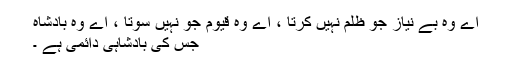
اے وہ بے نیاز جو ظلم نہیں کرتا ، اے وہ قیوم جو نہیں سوتا ، اے وہ بادشاہ
جس کی بادشاہی دائمی ہے ۔